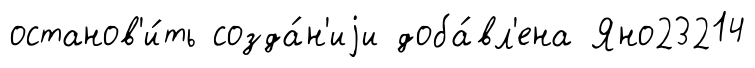
останов'и́ть созда́н'иjи доба́вл'ена Яно23214